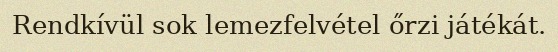
Rendkívül sok lemezfelvétel őrzi játékát.